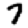
Digit: 7